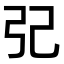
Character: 𢀶